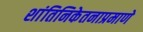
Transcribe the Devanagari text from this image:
शांतिनिकेतनाप्रमाणे